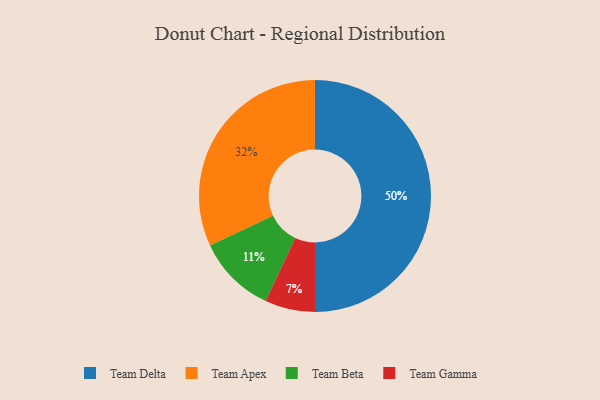
{"axis": {"x": "Category", "y": "Percentage"}, "legend": ["Team Apex", "Team Beta", "Team Delta", "Team Gamma"], "data": [{"x": "Team Beta", "y": 11, "type": "Team Beta"}, {"x": "Team Delta", "y": 50, "type": "Team Delta"}, {"x": "Team Apex", "y": 32, "type": "Team Apex"}, {"x": "Team Gamma", "y": 7, "type": "Team Gamma"}]}